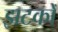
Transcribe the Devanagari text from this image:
झटकोँ